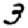
Digit: 3